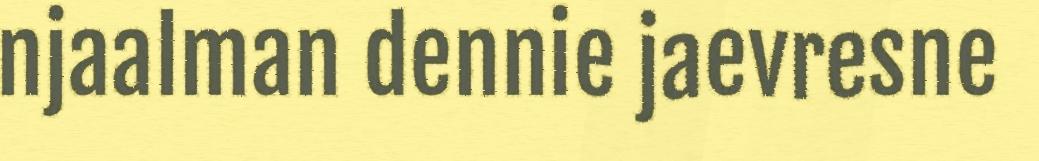
njaalman dennie jaevresne